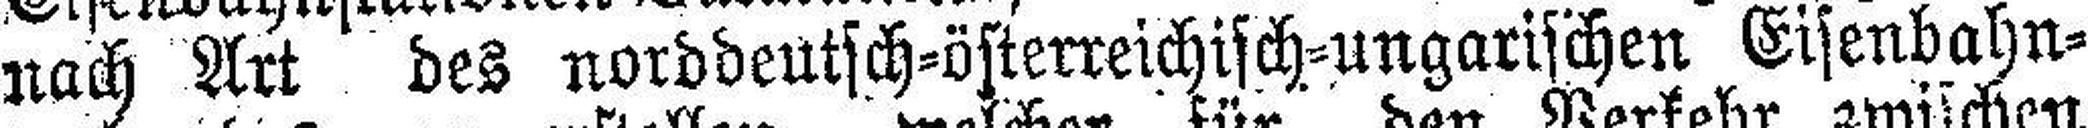
nach Art des norddeutsch=österreichisch=ungarischen Eisenbahn¬